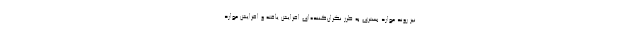
نیز روند موارد بستری به طرز نگران‌کننده‌ای افزایش یافته و افزایش موارد